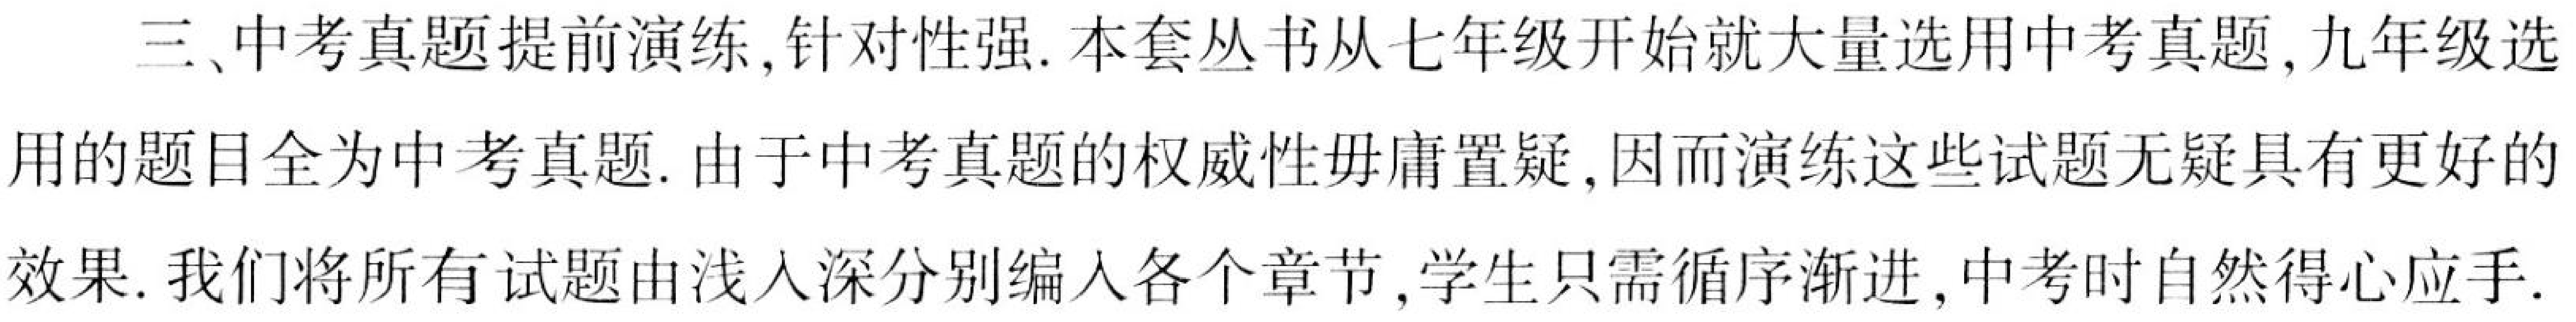
三、中考真题提前演练,针对性强. 本套丛书从七年级开始就大量选用中考真题,九年级选用的题目全为中考真题. 由于中考真题的权威性毋庸置疑,因而演练这些试题无疑具有更好的效果. 我们将所有试题由浅入深分别编入各个章节,学生只需循序渐进,中考时自然得心应手.